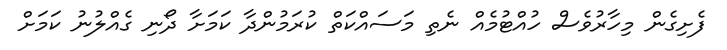
ފެށިގެން މިހާރުވެސް ހުއްޓުމެއް ނެތި މަސައްކަތް ކުރަމުންދާ ކަމަށާ ދޯނި ގެއްލުނު ކަމަށް